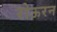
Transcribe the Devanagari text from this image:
रोऊरन